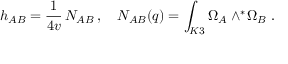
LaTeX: h _ { A B } = \frac { 1 } { 4 v } \, N _ { A B } \, , \quad N _ { A B } ( q ) = \int _ { K 3 } \Omega _ { A } \wedge ^ { * } \! \Omega _ { B } \ .